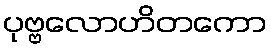
ပုဗ္ဗလောဟိတကော